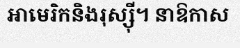
អាមេរិកនិងរុស្ស៊ី។ នាឱកាស